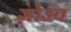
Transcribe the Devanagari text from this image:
ज़ोउच